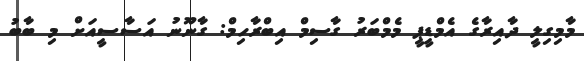
މާމިގިލީ ދާއިރާގެ އެމްޑީޕީ މެމްބަރު ގާސިމް އިބްރާހިމް: ގާނޫނު އަސާސީއަށް މި ބާބު